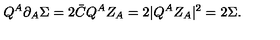
Q ^ { A } \partial _ { A } \Sigma = 2 \bar { C } Q ^ { A } Z _ { A } = 2 | Q ^ { A } Z _ { A } | ^ { 2 } = 2 \Sigma .